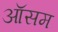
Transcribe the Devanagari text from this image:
ऑसम